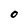
Character: 0